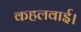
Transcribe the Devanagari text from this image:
कहलवाई।